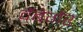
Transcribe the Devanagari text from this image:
वेंबेर्गेर